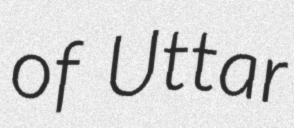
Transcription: of Uttar